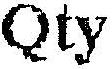
QTY